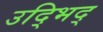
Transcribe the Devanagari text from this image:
उद्भिद्